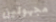
مجهولين